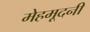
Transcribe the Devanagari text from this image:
मेहमूदनी